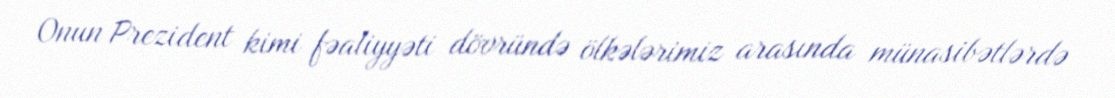
Onun Prezident kimi fəaliyyəti dövründə ölkələrimiz arasında münasibətlərdə